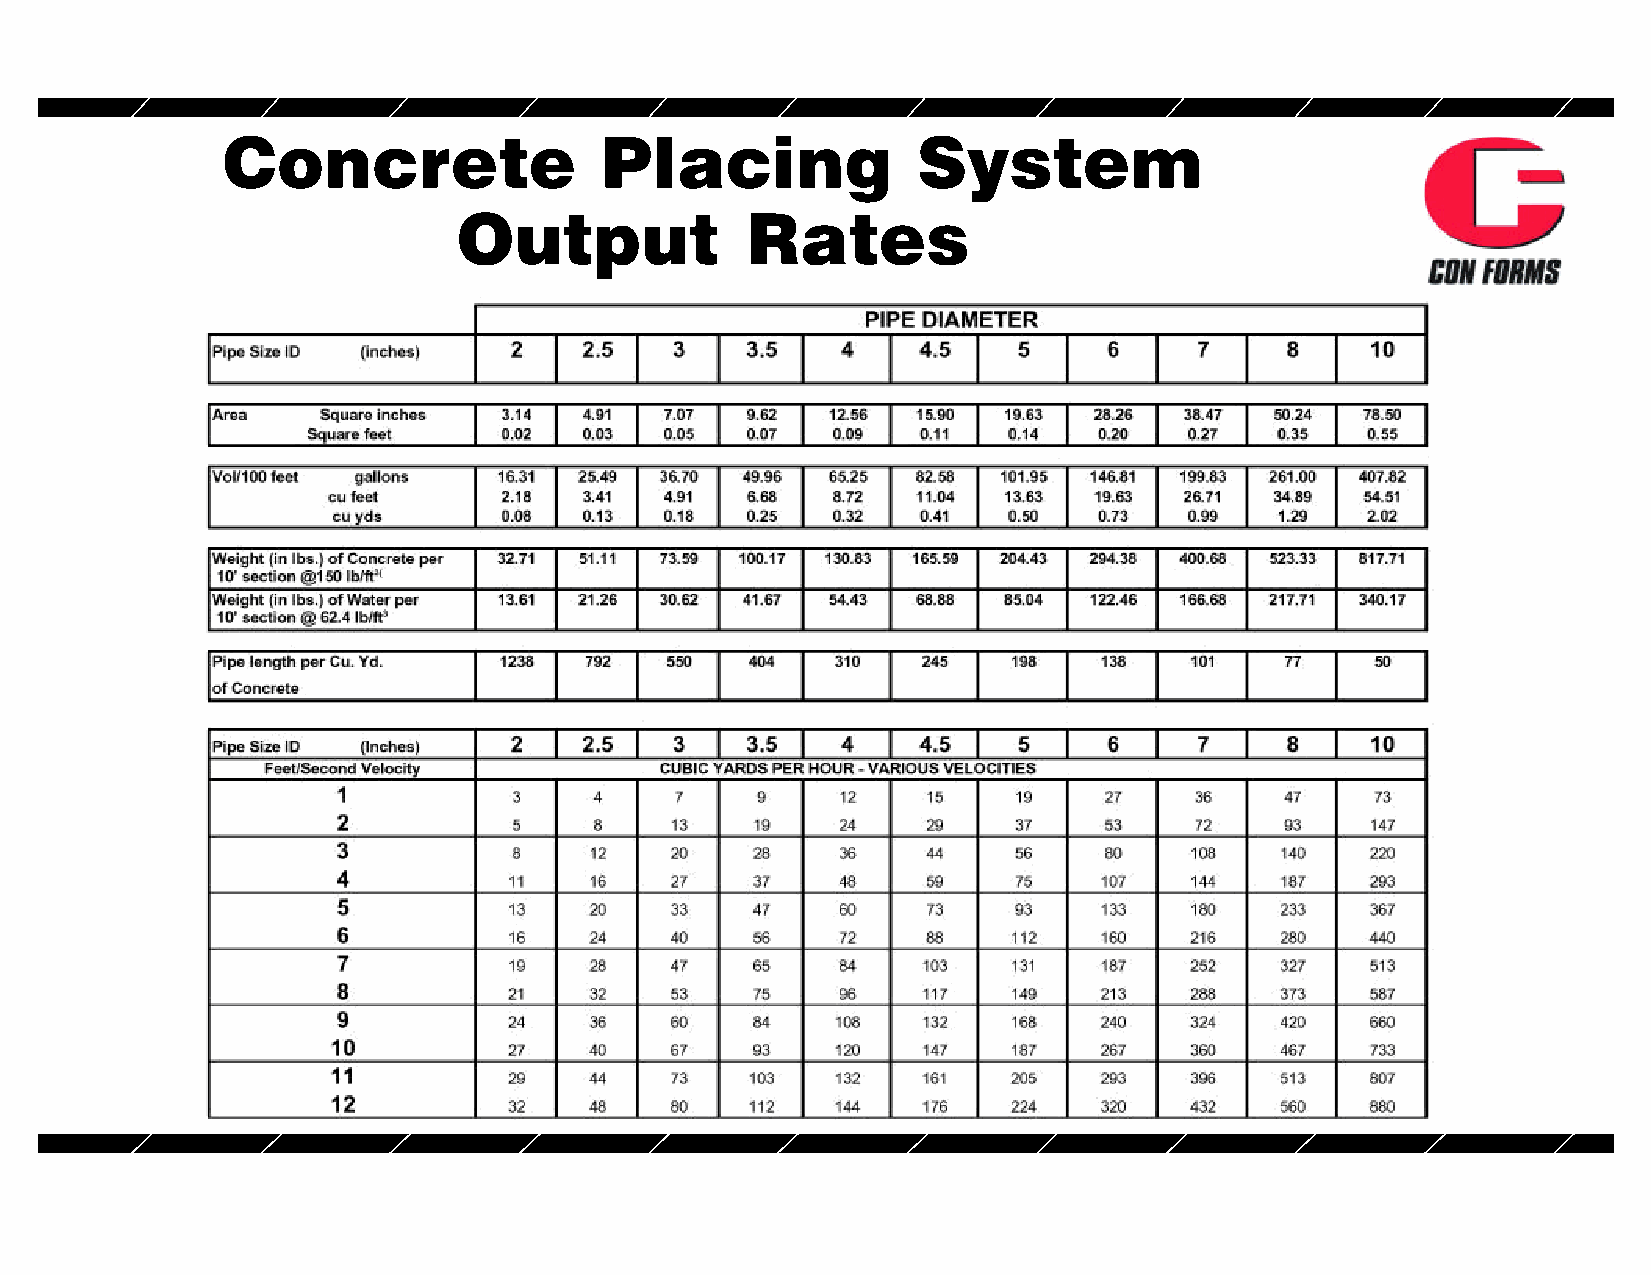
Concrete                 Placing              System
 Output             Rates